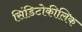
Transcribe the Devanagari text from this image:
सिंडिटोकीलिक